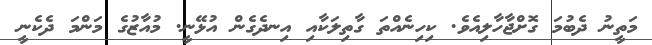
މަތީނު ދެބުމަ ގޮށްޖާހާލިއެވެ. ކިހިނެއްތަ ގާތިލަކާއި އިނދެގެން އުޅޭނީ. މުއާޒުގެ މަންމަ ދެކެނީ